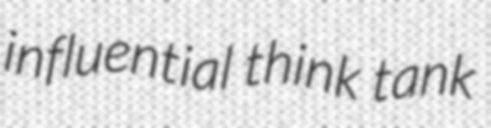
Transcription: influential think tank